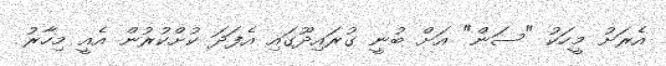
އެރަށު މީހަކު "ސަން" އަށް ބުނީ ގުރައިދޫގައި އެފަދަ ކުށްކުރުން އެއީ މިހާރު